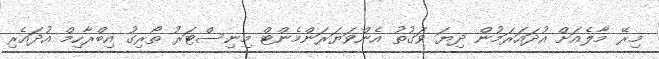
މިރޭ މާލެއަށް އުދައަރަމުން ދިޔަ ވަގުތު އެންވަޔަރަންމެންޓް މިނިސްޓަރު ތޯރިގު އިބްރާހިމް އުދައެރި